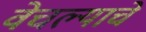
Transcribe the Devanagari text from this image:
वेचल्याचे